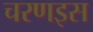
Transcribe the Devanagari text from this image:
चरणइस